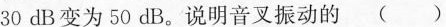
30dB变为50dB。说明音叉振动的( )